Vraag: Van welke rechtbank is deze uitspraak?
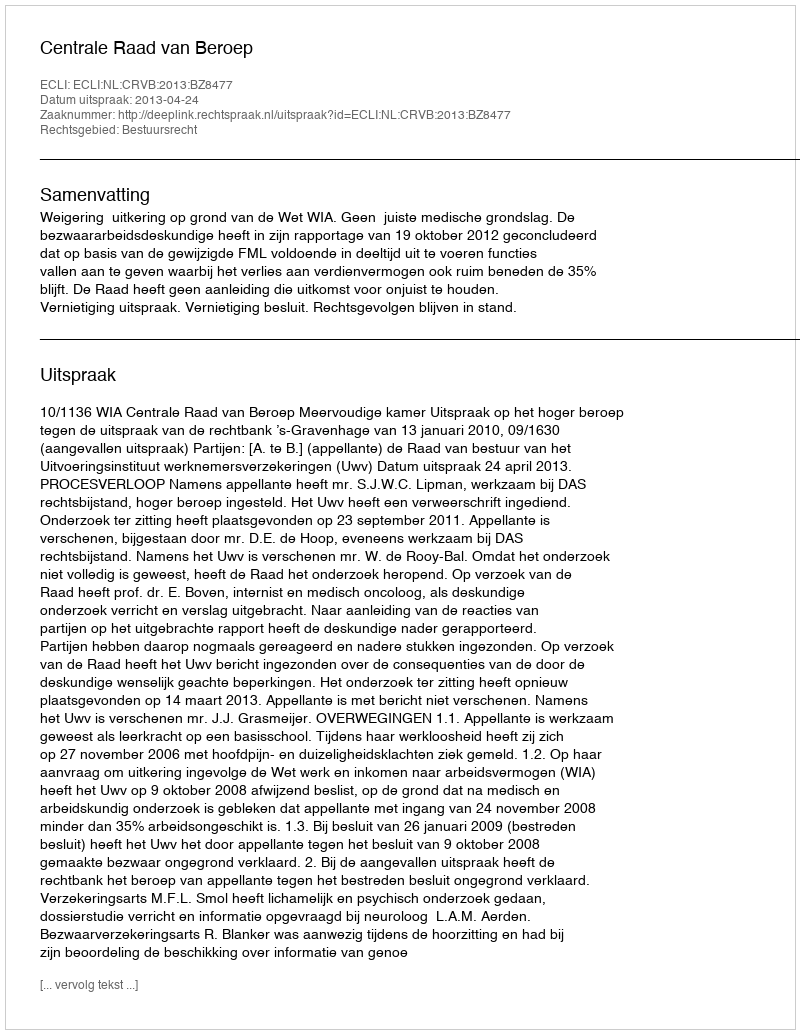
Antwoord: Centrale Raad van Beroep